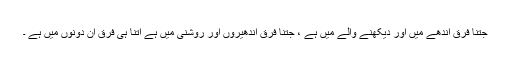
جتنا فرق اندھے میں اور دیکھنے والے میں ہے ، جتنا فرق اندھیروں اور روشنی میں ہے اتنا ہی فرق ان دونوں میں ہے ۔